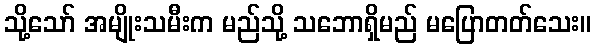
သို့သော် အမျိုးသမီးက မည်သို့ သဘောရှိမည် မပြောတတ်သေး။